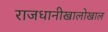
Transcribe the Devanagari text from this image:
राजधानीखालोखाल